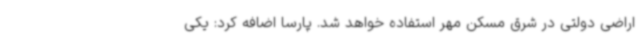
اراضی دولتی در شرق مسکن مهر استفاده خواهد شد. پارسا اضافه کرد: یکی